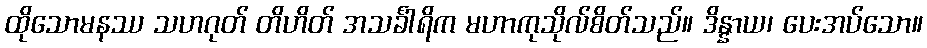
ထိုသောမနဿ သဟဂုတ် တိဟိတ် အသင်္ခါရိက မဟာကုသိုလ်စိတ်သည်။ ဒိန္နာယ၊ ပေးအပ်သော။